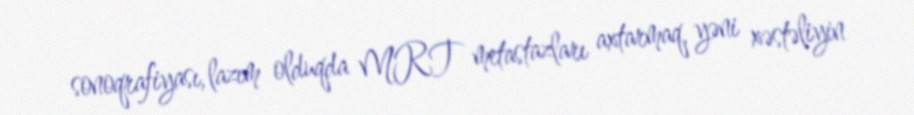
sonoqrafiyası, lazım olduqda MRT metastazları axtarmaq, yəni xəstəliyin